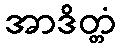
အာဒိတ္တံ